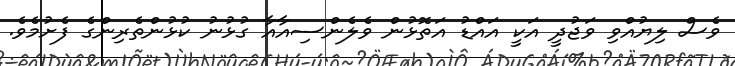
ވެސް ލިޔުއްވި ވަޖުދީ އަކީ އައްޑު އަތޮޅުން ވެލެންސިއާއާ ގުޅުނު ކުޅުންތެރިންގެ ފެށުމެވެ.